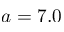
a = 7 . 0